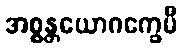
အစ္စန္တယောဂက္ခေမီ